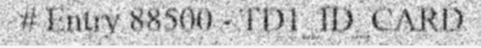
# Entry 88500 - TD1_ID_CARD